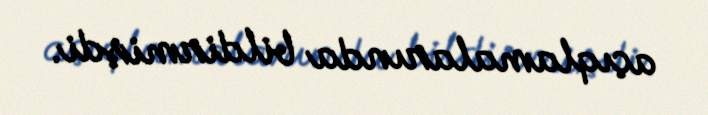
açıqlamalarında bildirmişdi.